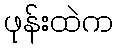
ဖုန်းထဲက